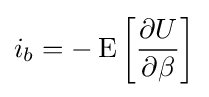
i_{b}=-\operatorname {E} \left[{\frac {\partial U}{\partial \beta }}\right]